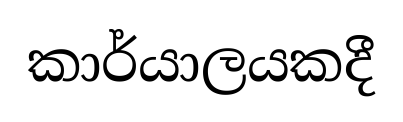
කාර්යාලයකදී